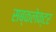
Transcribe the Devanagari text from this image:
सब्‌कलेक्टर